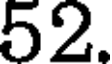
52.